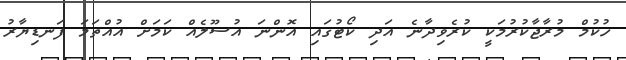
ހުކުމް މުރާޖާކުރުމަކީ ކުރެވިދާނެ އަދި ކޯޓުގައި އޮންނަ އުސޫލެއް ކަމަށް އުއްތަމަ ފަނޑިޔާރު